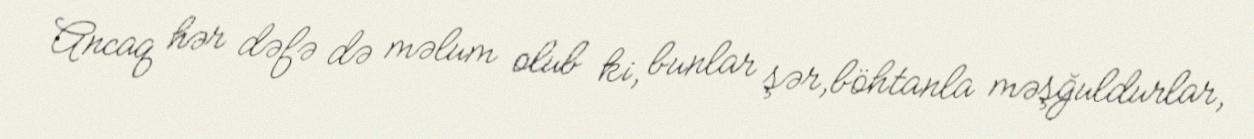
Ancaq hər dəfə də məlum olub ki, bunlar şər,böhtanla məşğuldurlar,